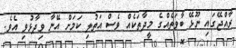
ރާއްޖޭގައި ނޫޅޭ ބާވަތެއްގެ މީދާތަކެއް ވެސް އަތުލި ކަމަށް އޭނާ ވިދާޅުވި އެވެ.